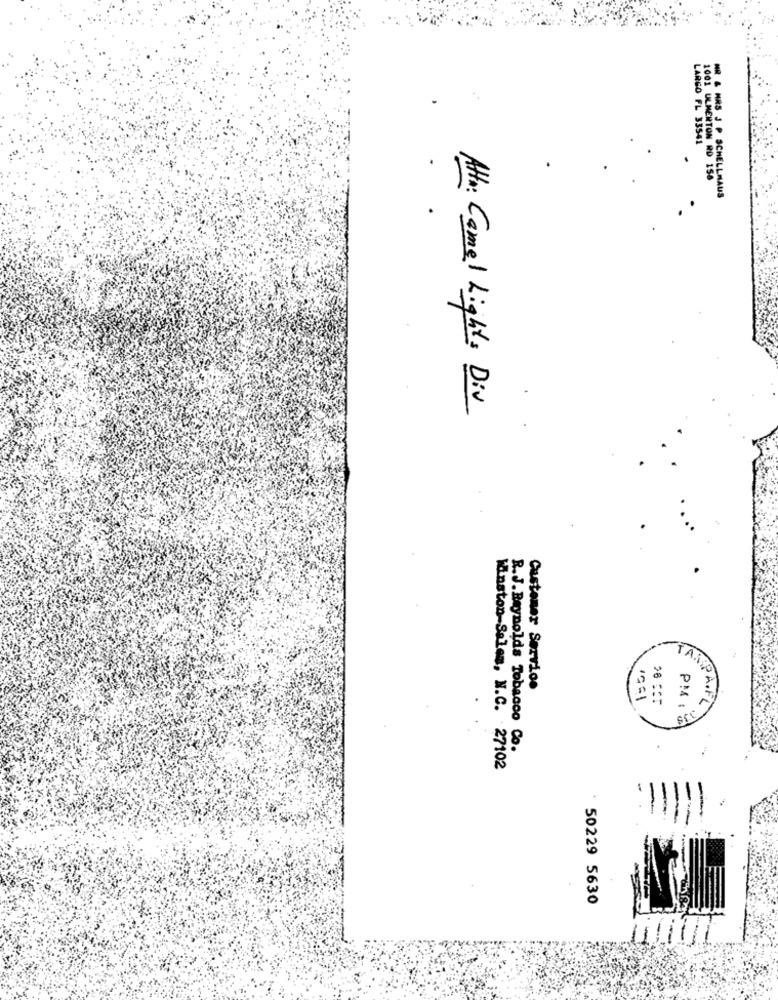
LARGO FL 33541
1001 ULMERTON RD 156
MR & MRS J P SCHELLHAUS
Attn: Camel Lights Div
TA.j
Customer Service
IGE1
PM :
R.J.Reynolds Tobacco Co.
Winston-Salem, N.C. 27102
50229 5630